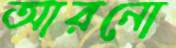
আরনো